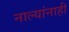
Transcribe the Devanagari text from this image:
नाल्यांनाही